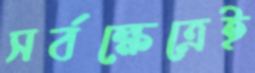
সর্বক্ষেত্রেই